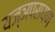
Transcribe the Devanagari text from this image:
यज्ञपरायण